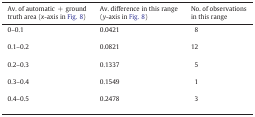
<table><thead><tr><td><b>Av. of automatic + ground truth area (<i>x</i>-axis in Fig. 8)</b></td><td><b>Av. difference in this range (<i>y</i>-axis in Fig. 8)</b></td><td><b>No. of observations in this range</b></td></tr></thead><tbody><tr><td>0–0.1</td><td>0.0421</td><td>8</td></tr><tr><td>0.1–0.2</td><td>0.0821</td><td>12</td></tr><tr><td>0.2–0.3</td><td>0.1337</td><td>5</td></tr><tr><td>0.3–0.4</td><td>0.1549</td><td>1</td></tr><tr><td>0.4–0.5</td><td>0.2478</td><td>3</td></tr></tbody></table>